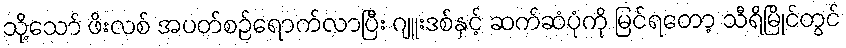
သို့သော် ဖိးလစ် အပတ်စဉ်ရောက်လာပြီး ဂျူးဒစ်နှင့် ဆက်ဆံပုံကို မြင်ရတော့ သီရိမြိုင်တွင်